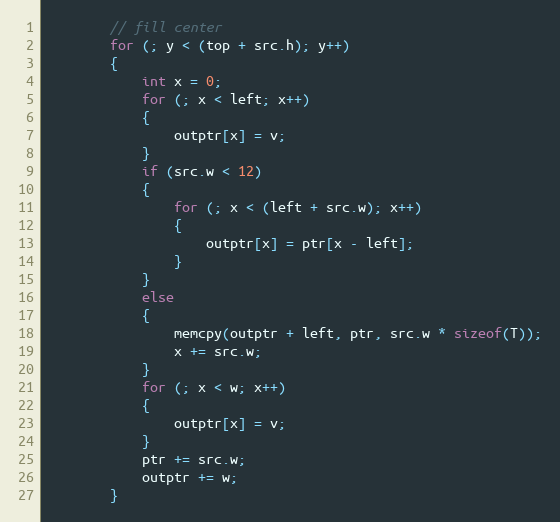
Language: C++
        // fill center
        for (; y < (top + src.h); y++)
        {
            int x = 0;
            for (; x < left; x++)
            {
                outptr[x] = v;
            }
            if (src.w < 12)
            {
                for (; x < (left + src.w); x++)
                {
                    outptr[x] = ptr[x - left];
                }
            }
            else
            {
                memcpy(outptr + left, ptr, src.w * sizeof(T));
                x += src.w;
            }
            for (; x < w; x++)
            {
                outptr[x] = v;
            }
            ptr += src.w;
            outptr += w;
        }